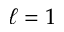
\ell = 1